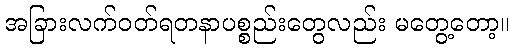
အခြားလက်ဝတ်ရတနာပစ္စည်းတွေလည်း မတွေ့တော့။